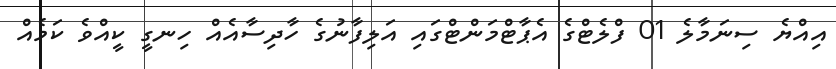
އިއްޔެ ސިނަމާލެ 01 ފްލެޓްގެ އެޕާޓްމަންޓްގައި އަލިފާނުގެ ހާދިސާއެއް ހިނގީ ކީއްވެ ކަމެއް